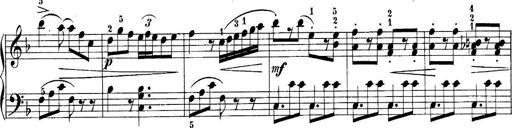
Title: 10 Sonatines progressives
Composer: Anton Schmoll